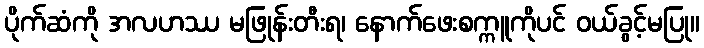
ပိုက်ဆံကို အလဟဿ မဖြုန်းတီးရ၊ နောက်ဖေးစက္ကူကိုပင် ဝယ်ခွင့်မပြု။